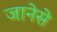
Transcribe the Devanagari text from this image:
जानेसे